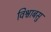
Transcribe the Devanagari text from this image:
विश्वाबसु